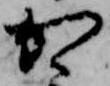
か